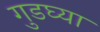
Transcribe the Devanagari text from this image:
गुडघ्या